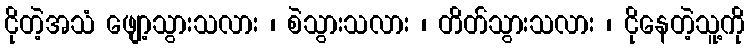
ငိုတဲ့အသံ ဖျော့သွားသလား ၊ စဲသွားသလား ၊ တိတ်သွားသလား ၊ ငိုနေတဲ့သူ့ကို